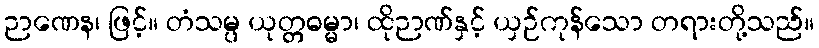
ဉာဏေန၊ ဖြင့်။ တံသမ္ပ ယုတ္တဓမ္မာ၊ ထိုဉာဏ်နှင့် ယှဉ်ကုန်သော တရားတို့သည်။